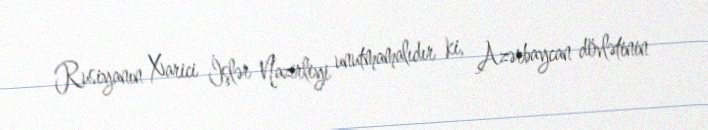
Rusiyanın Xarici İşlər Nazirliyi unutmamalıdır ki, Azərbaycan dövlətinin